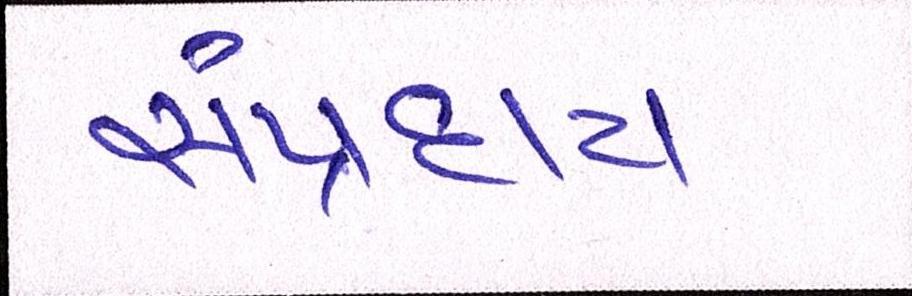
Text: સંપ્રદાય